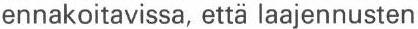
ennakoitavissa, että laajennusten